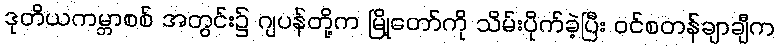
ဒုတိယကမ္ဘာစစ် အတွင်း၌ ဂျပန်တို့က မြို့တော်ကို သိမ်းပိုက်ခဲ့ပြီး ဝင်စတန်ချာချီက